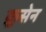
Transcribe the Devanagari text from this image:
क्रूसेन